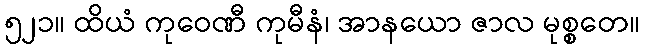
၅၂၁။ ထိယံ ကုဝေဏီ ကုမီနံ၊ အာနယော ဇာလ မုစ္စတေ။